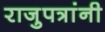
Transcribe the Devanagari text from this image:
राजुपत्रांनी